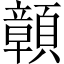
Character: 𩕆